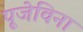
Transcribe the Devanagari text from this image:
पूजेविना